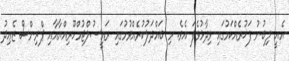
އެއީ ލިބުނު ފަޚުރެއްކަމުގައި ވިދާޅުވެފަ އެވެ. މި ބައްދަލުކުރެއްވުމުގައި ރައީސުލްޖުމްހޫރިއްޔާއާއި ޕްރިންސް ޒެޢިދު